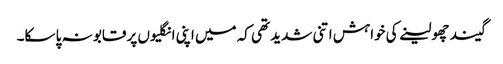
گیند چھو لینے کی خواہش اتنی شدید تھی کہ میں اپنی انگلیوں پر قابو نہ پا سکا۔